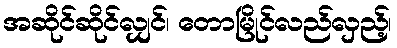
အဆိုင်ဆိုင်လျှင်၊ တောမြိုင်လည်လှည့်၊